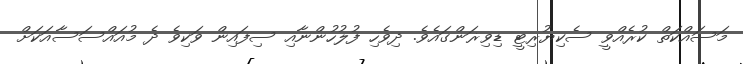
މަސައްކަތް ކުރެއްވީ ސެކިޔުރިޓީ ޑިވިޜަންގައެވެ. ދިވެހި ފުލުހުންނާއި ސިފައިން ވަކިވެ ދެ މުއައްސަސާއަކަށް